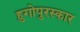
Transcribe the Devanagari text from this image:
हुगोपुरस्कार